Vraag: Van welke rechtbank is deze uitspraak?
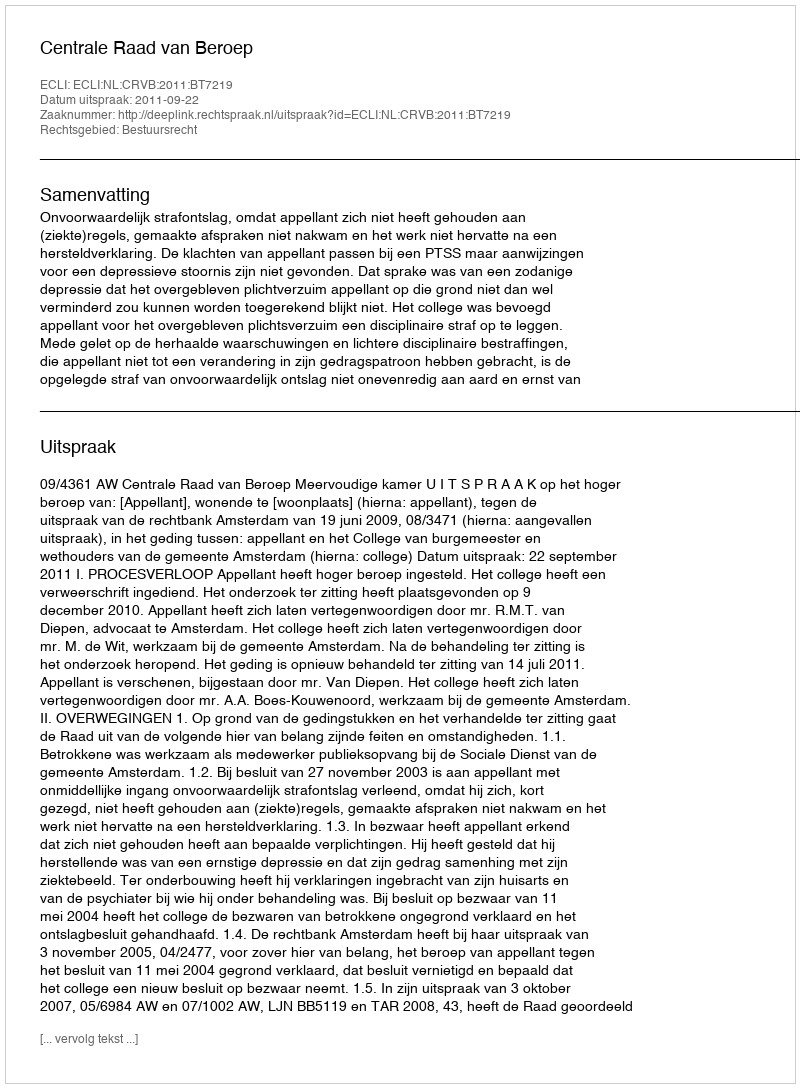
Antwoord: Centrale Raad van Beroep